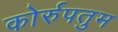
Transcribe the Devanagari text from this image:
कोर्रुपतुम